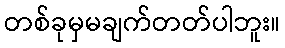
တစ်ခုမှမချက်တတ်ပါဘူး။